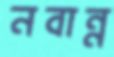
নবান্ন